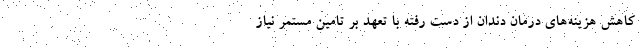
کاهش هزینه­های درمان دندان از دست رفته با تعهد بر تامین مستمر نیاز